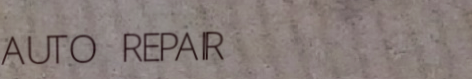
AUTO REPAIR